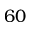
6 0